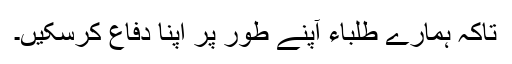
تاکہ ہمارے طلباء آپنے طور پر اپنا دفاع کرسکیں۔